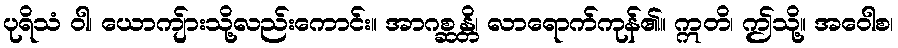
ပုရိသံ ဝါ၊ ယောကျ်ားသို့လည်းကောင်း။ အာဂစ္ဆန္တိ၊ လာရောက်ကုန်၏။ ဣတိ၊ ဤသို့။ အဝေါစ၊